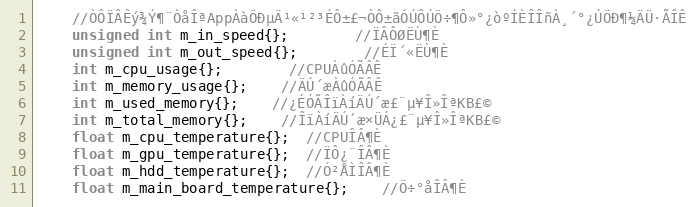
Language: C
	//ÒÔÏÂÊý¾Ý¶¨ÒåÎªAppÀàÖÐµÄ¹«¹²³ÉÔ±£¬ÒÔ±ãÓÚÔÚÖ÷¶Ô»°¿òºÍÈÎÎñÀ¸´°¿ÚÖÐ¶¼ÄÜ·ÃÎÊ
	unsigned int m_in_speed{};		//ÏÂÔØËÙ¶È
	unsigned int m_out_speed{};		//ÉÏ´«ËÙ¶È
	int m_cpu_usage{};		//CPUÀûÓÃÂÊ
	int m_memory_usage{};	//ÄÚ´æÀûÓÃÂÊ
	int m_used_memory{};	//¿ÉÓÃÎïÀíÄÚ´æ£¨µ¥Î»ÎªKB£©
	int m_total_memory{};	//ÎïÀíÄÚ´æ×ÜÁ¿£¨µ¥Î»ÎªKB£©
    float m_cpu_temperature{};  //CPUÎÂ¶È
    float m_gpu_temperature{};  //ÏÔ¿¨ÎÂ¶È
    float m_hdd_temperature{};  //Ó²ÅÌÎÂ¶È
    float m_main_board_temperature{};    //Ö÷°åÎÂ¶È